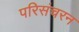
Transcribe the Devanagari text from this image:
परिसंचरन